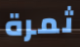
ثمرة